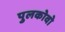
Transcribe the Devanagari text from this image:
पुलकोवो